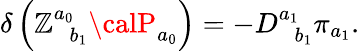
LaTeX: \delta\left(\mathbb{Z}_{\; \; b_{1}}^{a_{0}}{\calP}_{a_{0}}\right)=-D_{\; \; b_{1}}^{a_{1}}\pi_{a_{1}}.